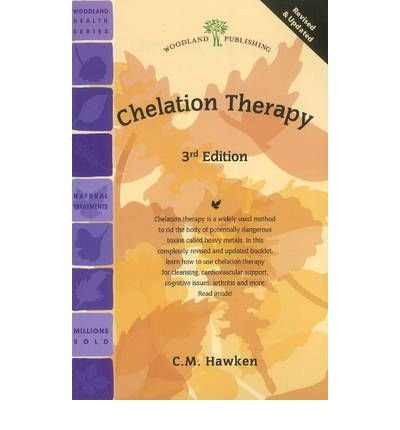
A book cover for Chelation Therapy [ CHELATION THERAPY ] by Hawken, C. M. ( Author ) Aug-01-2011 Paperback; C. M. Hawken; Health, Fitness & Dieting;